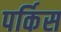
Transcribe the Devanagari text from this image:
पर्किस